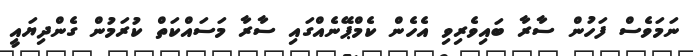
ނަމަވެސް ފަހުން ސާރާ ބައިވެރިވި އެހެން ކެމްޕޭނެއްގައި ސާރާ މަސައްކަތް ކުރަމުން ގެންދިޔައީ